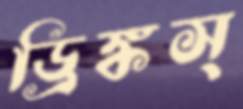
ড্রিঙ্কস্